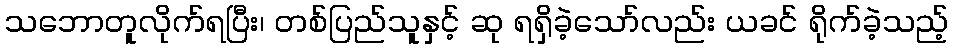
သဘောတူလိုက်ရပြီး၊ တစ်ပြည်သူနှင့် ဆု ရရှိခဲ့သော်လည်း ယခင် ရိုက်ခဲ့သည့်